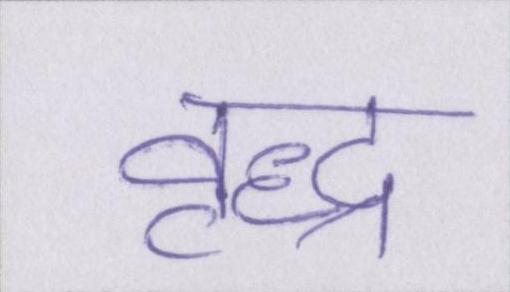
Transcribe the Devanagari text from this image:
वृद्ध